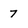
Character: 7